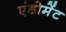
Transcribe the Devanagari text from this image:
एंडोमेंट